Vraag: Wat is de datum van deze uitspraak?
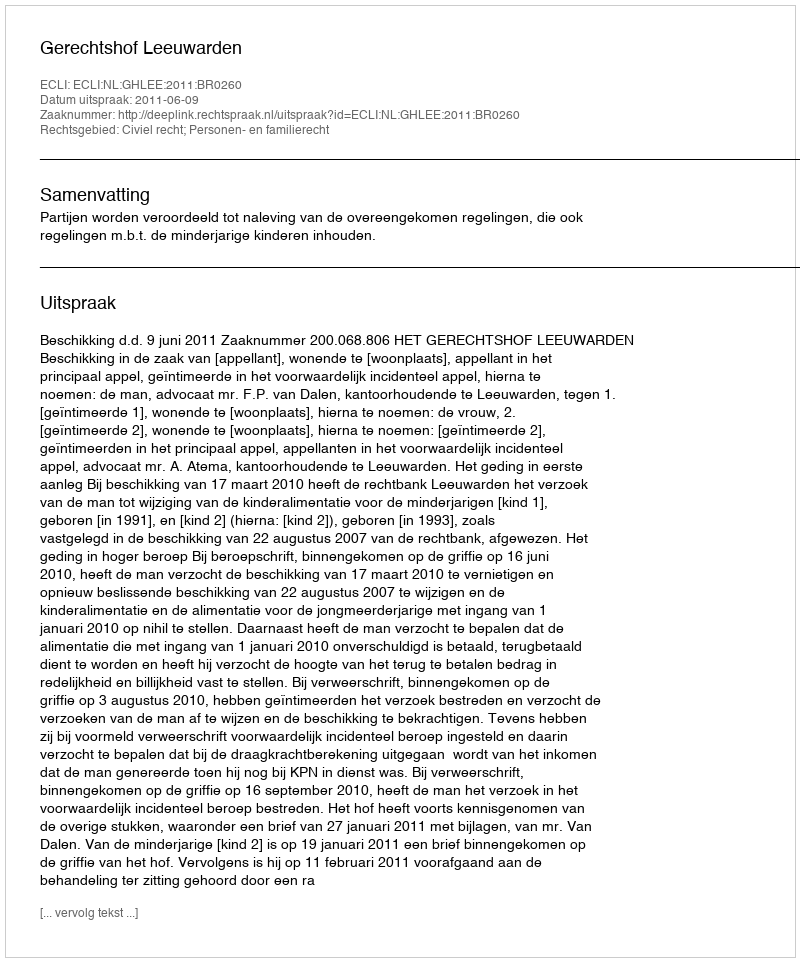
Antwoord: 2011-06-09